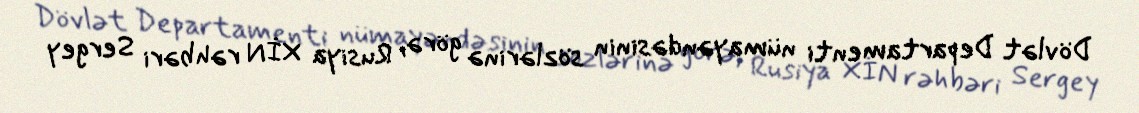
Dövlət Departamenti nümayəndəsinin sözlərinə görə, Rusiya XİN rəhbəri Sergey